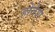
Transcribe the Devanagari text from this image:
होतेश्